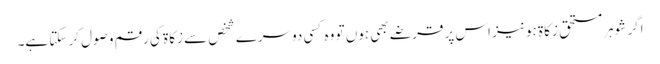
اگر شوہر مستحقِ زکاۃ ہو نیز اس پر قرضے بھی ہوں تو وہ کسی دوسرے شخص سے زکاۃ کی رقم وصول کر سکتا ہے۔